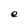
Character: e